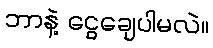
ဘာနဲ့ ငွေချေပါမလဲ။